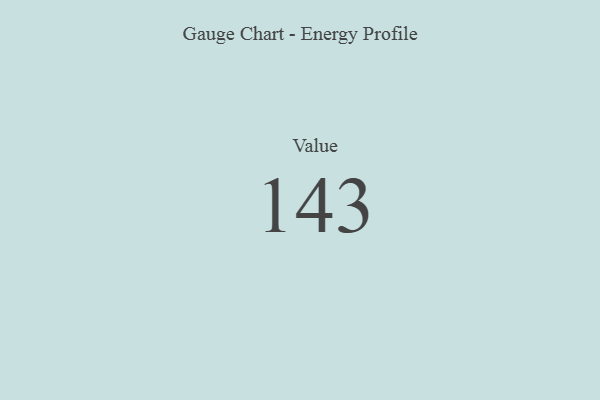
{"axis": {"x": "Metric", "y": "Value"}, "legend": [""], "data": [{"x": "Value", "y": 143, "type": ""}]}